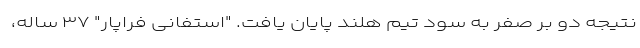
نتیجه دو بر صفر به سود تیم هلند پایان یافت. "استفانی فراپار" ۳۷ ساله،